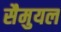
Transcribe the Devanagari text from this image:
सैमुयल